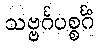
သဗ္ဗင်္ဂပစ္စင်္ဂံ